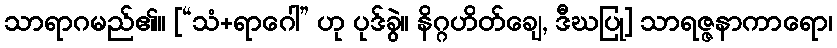
သာရာဂမည်၏။ [“သံ+ရာဂေါ” ဟု ပုဒ်ခွဲ။ နိဂ္ဂဟိတ်ချေ, ဒီဃပြု] သာရဇ္ဇနာကာရော၊